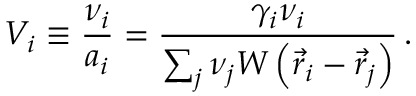
V _ { i } \equiv \frac { \nu _ { i } } { a _ { i } } = \frac { \gamma _ { i } \nu _ { i } } { \sum _ { j } \nu _ { j } W \left( \vec { r } _ { i } - \vec { r } _ { j } \right) } \, .